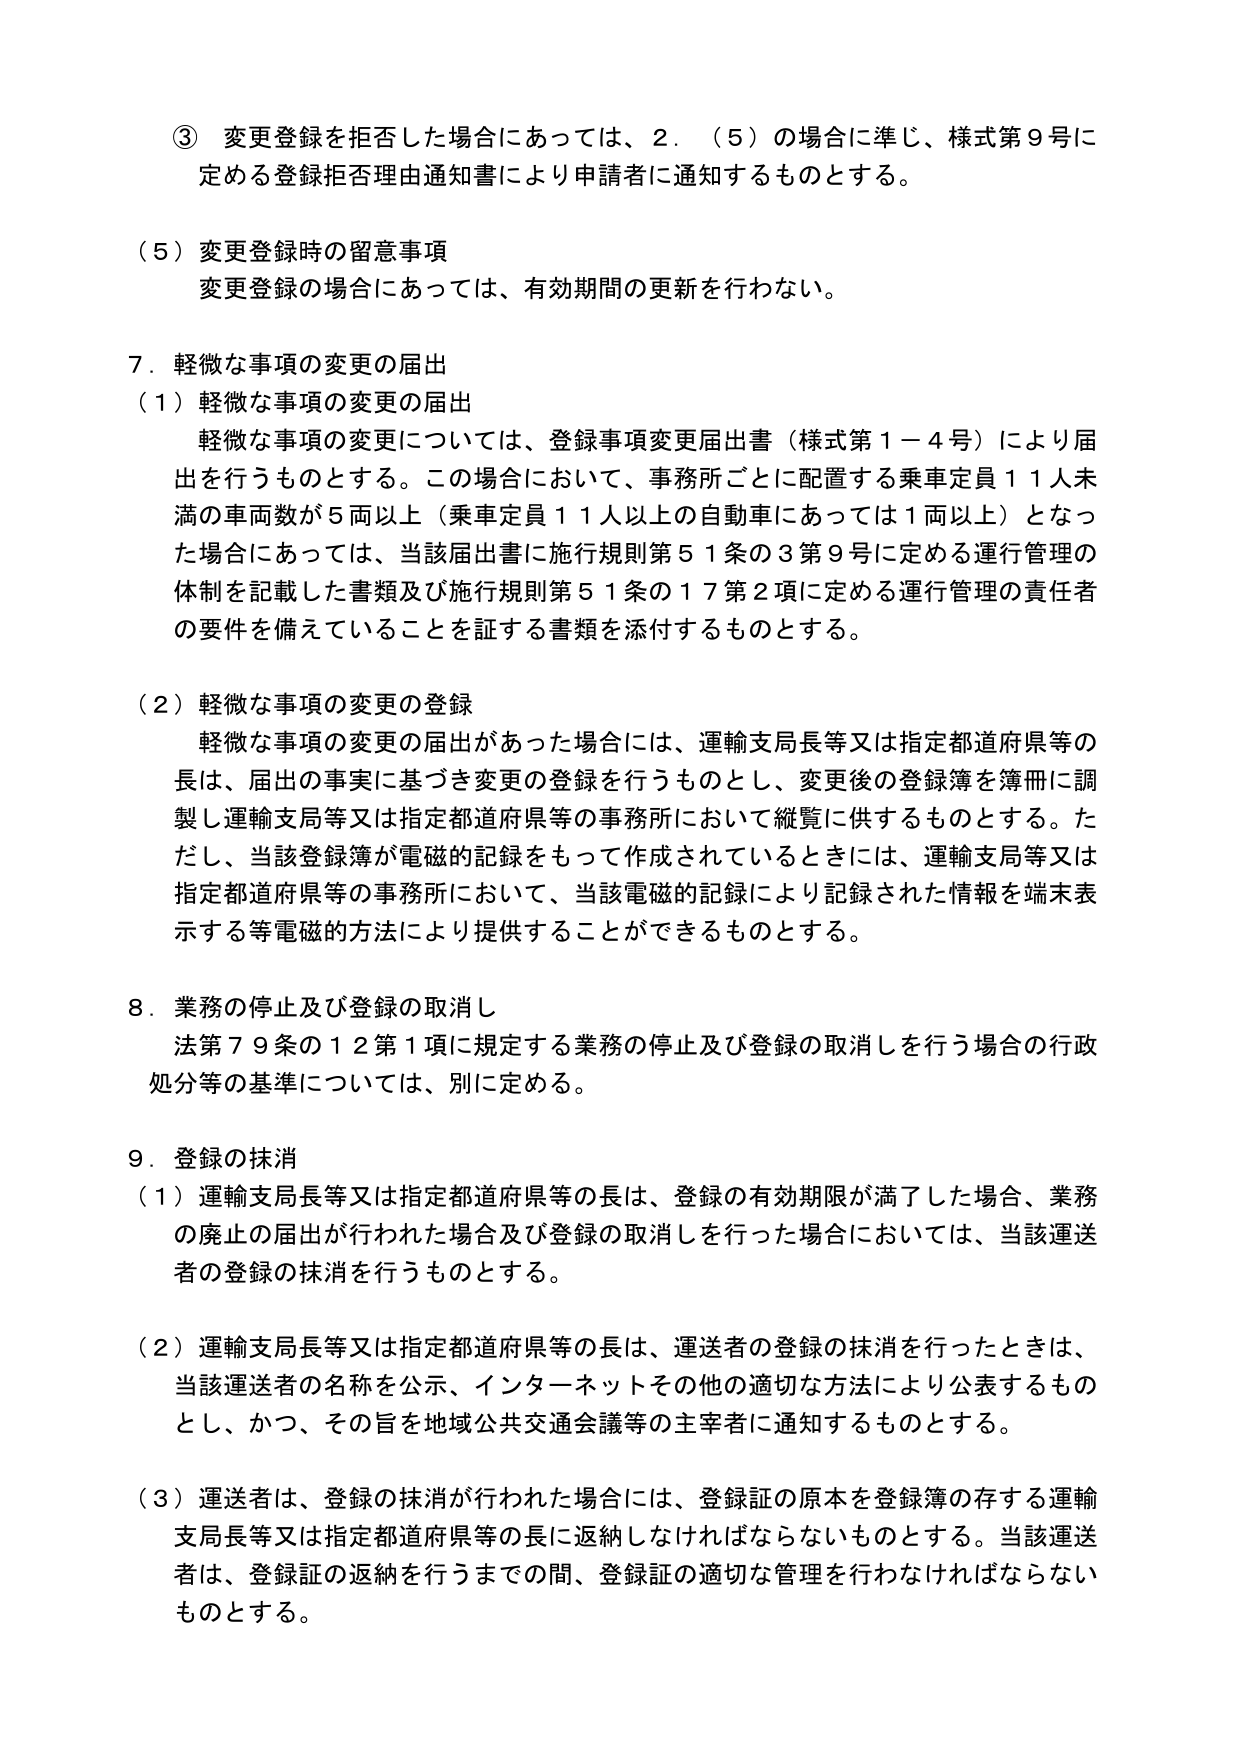
③ 変更登録を拒否した場合にあっては、2．（5）の場合に準じ、様式第9号に定める登録拒否理由通知書により申請者に通知するものとする。

（5）変更登録時の留意事項
変更登録の場合にあっては、有効期間の更新を行わない。

7．軽微な事項の変更の届出
（1）軽微な事項の変更の届出
　軽微な事項の変更については、登録事項変更届出書（様式第1－4号）により届出を行うものとする。この場合において、事務所ごとに配置する乗車定員11人未満の車両数が5両以上（乗車定員11人以上の自動車にあっては1両以上）となった場合にあっては、当該届出書に施行規則第51条の3第9号に定める運行管理の体制を記載した書類及び施行規則第51条の17第2項に定める運行管理の責任者の要件を備えていることを証する書類を添付するものとする。

（2）軽微な事項の変更の登録
　軽微な事項の変更の届出があった場合には、運輸支局長等又は指定都道府県等の長は、届出の事実に基づき変更の登録を行うものとし、変更後の登録簿を簿冊に調製し運輸支局等又は指定都道府県等の事務所において縦覧に供するものとする。ただし、当該登録簿が電磁的記録をもって作成されているときには、運輸支局等又は指定都道府県等の事務所において、当該電磁的記録により記録された情報を端末表示する等電磁的方法により提供することができるものとする。

8．業務の停止及び登録の取消し
　法第79条の12第1項に規定する業務の停止及び登録の取消しを行う場合の行政処分等の基準については、別に定める。

9．登録の抹消
（1）運輸支局長等又は指定都道府県等の長は、登録の有効期限が満了した場合、業務の廃止の届出が行われた場合及び登録の取消しを行った場合においては、当該運送者の登録の抹消を行うものとする。

（2）運輸支局長等又は指定都道府県等の長は、運送者の登録の抹消を行ったときは、当該運送者の名称を公示、インターネットその他の適切な方法により公表するものとし、かつ、その旨を地域公共交通会議等の主宰者に通知するものとする。

（3）運送者は、登録の抹消が行われた場合には、登録証の原本を登録簿の存する運輸支局長等又は指定都道府県等の長に返納しなければならないものとする。当該運送者は、登録証の返納を行うまでの間、登録証の適切な管理を行わなければならないものとする。